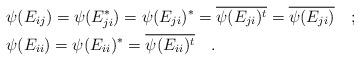
LaTeX: \begin{align*}&\psi(E_{ij})=\psi(E_{ji}^{*})=\psi(E_{ji})^{*}=\overline{\psi(E_{ji})^{t}}=\overline{\psi(E_{ji})}\quad; \\&\psi(E_{ii})=\psi(E_{ii})^{*}=\overline{\psi(E_{ii})^{t}}\quad.\end{align*}